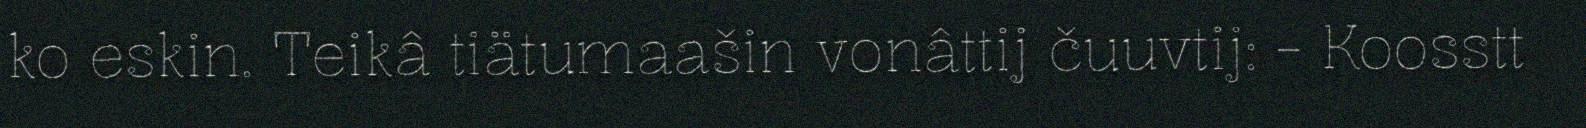
ko eskin. Teikâ tiätumaašin vonâttij čuuvtij: - Koosstt